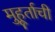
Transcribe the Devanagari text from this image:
मुहूर्ताची